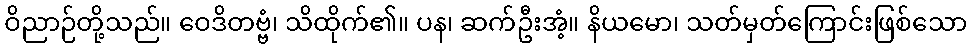
ဝိညာဉ်တို့သည်။ ဝေဒိတဗ္ဗံ၊ သိထိုက်၏။ ပန၊ ဆက်ဦးအံ့။ နိယမော၊ သတ်မှတ်ကြောင်းဖြစ်သော